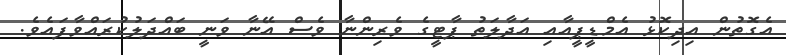
އެގޮތުން އިދިކޮޅު އެމްޑީޕީއާއި އަދާލަތު ޕާޓީގެ ވެރިންނާ ވެސް އޭނާ ވަނީ ބައްދަލުކުރައްވާފައެވެ.